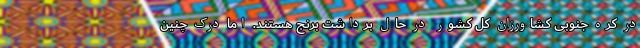
در کره جنوبی کشاورزان کل کشور در حال برداشت برنج هستند. اما درک چنین